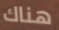
هناك